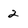
Character: 2